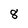
Character: 8